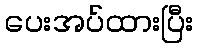
ပေးအပ်ထားပြီး